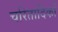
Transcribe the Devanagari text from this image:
चरितादिकों